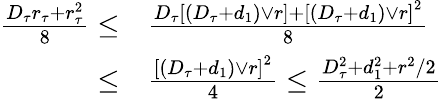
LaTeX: \begin{array}{rl}{\frac{D_{\tau}r_{\tau}+r_{\tau}^{2}}{8}\leq}&{\frac{D_{\tau}\left[\left(D_{\tau}+d_{1}\right)\lor r\right]+\left[\left(D_{\tau}+d_{1}\right)\lor r\right]^{2}}{8}}\\ {\leq}&{\frac{\left[\left(D_{\tau}+d_{1}\right)\lor r\right]^{2}}{4}\leq\frac{D_{\tau}^{2}+d_{1}^{2}+r^{2}/2}{2}}\end{array}